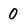
Character: 0